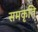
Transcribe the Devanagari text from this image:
समकृति